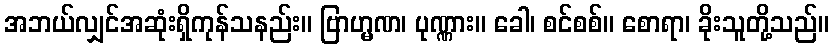
အဘယ်လျှင်အဆုံးရှိကုန်သနည်း။ ဗြာဟ္မဏ၊ ပုဏ္ဏား။ ခေါ၊ စင်စစ်။ စောရာ၊ ခိုးသူတို့သည်။